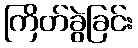
ကြိတ်ခွဲခြင်း